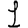
Digit: 1